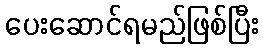
ပေးဆောင်ရမည်ဖြစ်ပြီး